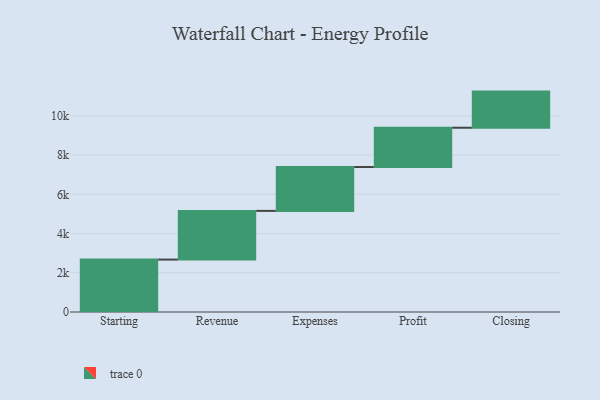
{"axis": {"x": "Step", "y": "Value"}, "legend": [""], "data": [{"x": "Starting", "y": 2672.0, "type": ""}, {"x": "Revenue", "y": 2483.0, "type": ""}, {"x": "Expenses", "y": 2236.0, "type": ""}, {"x": "Profit", "y": 2004.0, "type": ""}, {"x": "Closing", "y": 1842.0, "type": ""}]}